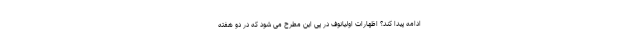
ادامه پیدا کند؟ اظهارات اولیانوف در پی این مطرح می شود که در دو هفته